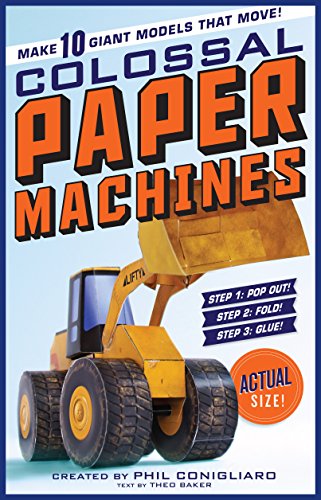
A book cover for Colossal Paper Machines: Make 10 Giant Models That Move!; Phil Conigliaro; Children's Books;